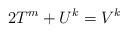
LaTeX: \begin{align*}2T^{m}+U^{k}=V^{k}\end{align*}